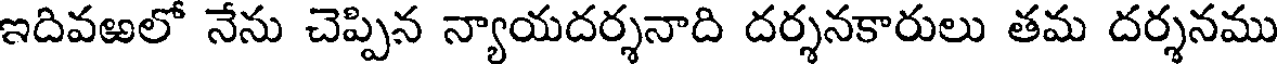
ఇదివఱలో నేను చెప్పిన న్యాయదర్శనాది దర్శనకారులు తమ దర్శనము